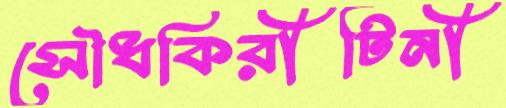
সৌধকিরীটিনী